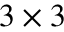
3 \times 3